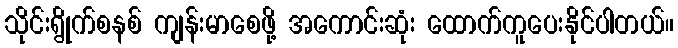
သိုင်းရွိုက်စနစ် ကျန်းမာစေဖို့ အကောင်းဆုံး ထောက်ကူပေးနိုင်ပါတယ်။